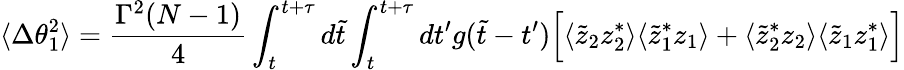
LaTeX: \langle\Delta\theta_{1}^{2}\rangle={\frac{\Gamma^{2}(N-1)}{4}}\int_{t}^{t+\tau}d\tilde{t}\int_{t}^{t+\tau}dt^{\prime}g(\tilde{t}-t^{\prime})\Big[\langle\tilde{z}_{2}z_{2}^{*}\rangle\langle\tilde{z}_{1}^{*}z_{1}\rangle+\langle\tilde{z}_{2}^{*}z_{2}\rangle\langle\tilde{z}_{1}z_{1}^{*}\rangle\Big]